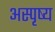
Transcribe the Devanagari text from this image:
अस्पृष्य